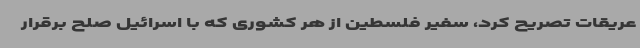
عریقات تصریح کرد، سفیر فلسطین از هر کشوری که با اسرائیل صلح برقرار